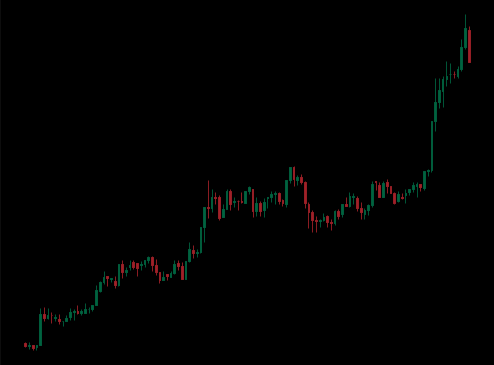
Pattern: unclassified